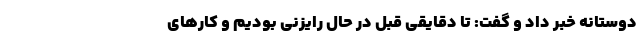
دوستانه خبر داد و گفت: تا دقایقی قبل در حال رایزنی بودیم و کارهای